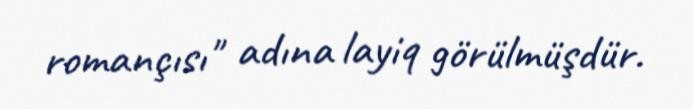
romançısı" adına layiq görülmüşdür.